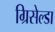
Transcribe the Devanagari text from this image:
ग्रिसेल्डा